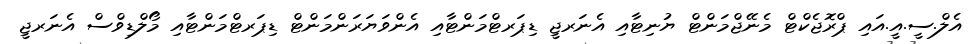
އެލް.ސީ.އީ.އައި ޕްރޮޖެކްޓް މެނޭޖްމަންޓް ޔުނިޓާއި އެނަރޖީ ޑިޕަރޓްމަންޓާއި އެންވަޔަރަންމަންޓް ޑިޕަރޓްމަންޓާއި މޯލްޑިވްސް އެނަރޖީ